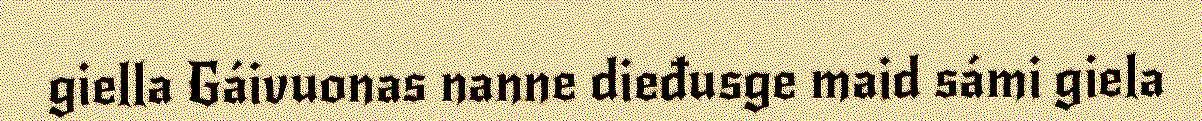
giella Gáivuonas nanne dieđusge maid sámi giela